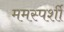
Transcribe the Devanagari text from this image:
ममस्पर्शी